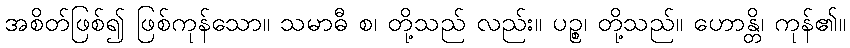
အစိတ်ဖြစ်၍ ဖြစ်ကုန်သော။ သမာဓီ စ၊ တို့သည် လည်း။ ပဉ္စ၊ တို့သည်။ ဟောန္တိ၊ ကုန်၏။